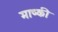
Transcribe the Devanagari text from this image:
माष्की